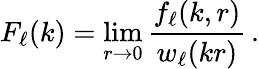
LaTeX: F_{\ell}(k)=\operatorname*{lim}_{r\to 0}\frac{f_{\ell}(k,r)}{w_{\ell}(kr)}\, .